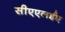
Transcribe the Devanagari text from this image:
सीएएलईए